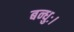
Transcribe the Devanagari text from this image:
बन्धुः।